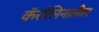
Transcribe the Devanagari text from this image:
कॅरोलिनातील